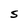
Character: S